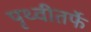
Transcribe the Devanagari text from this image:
पृथ्वीतर्फे